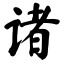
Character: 诸